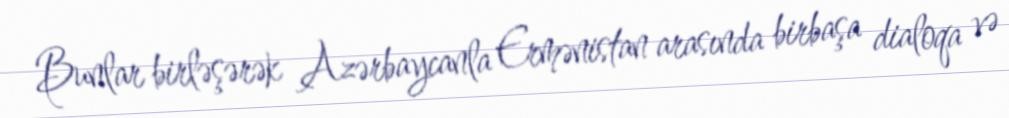
Bunlar birləşərək Azərbaycanla Ermənistan arasında birbaşa dialoqa və